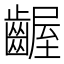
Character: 齷